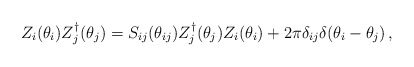
\begin{align*}Z_{i}(\theta _{i})Z_{j}^{\dagger }(\theta _{j})=S_{ij}(\theta_{ij})Z_{j}^{\dagger }(\theta _{j})Z_{i}(\theta _{i})+2\pi \delta_{ij}\delta (\theta _{i}-\theta _{j})\,, \end{align*}